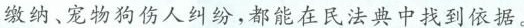
缴纳、宠物狗伤人纠纷，都能在民法典中找到依据。